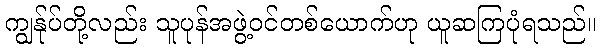
ကျွန်ုပ်တို့လည်း သူပုန်အဖွဲ့ဝင်တစ်ယောက်ဟု ယူဆကြပုံရသည်။